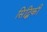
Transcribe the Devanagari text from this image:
सिद्धिकी